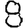
Digit: 8